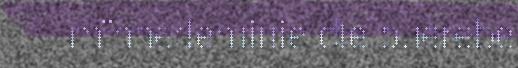
mïnnedeminie dle buerebe